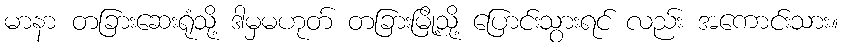
မာနာ တခြားဆေးရုံသို့ ဒါမှမဟုတ် တခြားမြို့သို့ ပြောင်းသွားရင် လည်း အကောင်းသား။